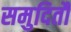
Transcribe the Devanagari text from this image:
समुदितौ